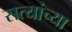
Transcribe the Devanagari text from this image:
सत्यांच्या